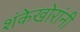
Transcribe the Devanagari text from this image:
शंकेखोरांनी